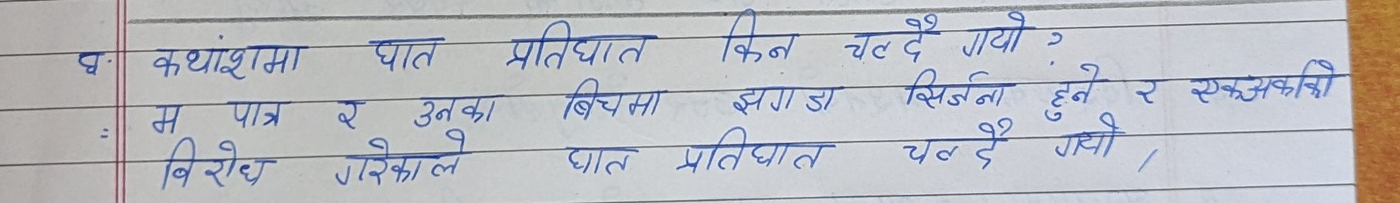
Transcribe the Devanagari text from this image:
कथांशमा घात
म पात्र र उनका
विरोध गरेकाले
प्रतिधात किन चल्दै गयो ?
बिचमा झगडा सिर्जना हुने र एकअकाको
घात प्रतिघात चन्दै गयो